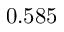
0 . 5 8 5